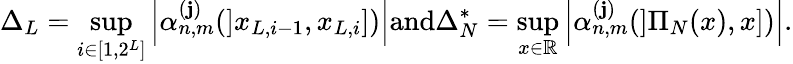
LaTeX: \Delta_{L}=\underset{i\in[1,2^{L}]}{\operatorname*{sup}}\left|\alpha_{n,m}^{(\mathbf{j})}(]x_{L,i-1},x_{L,i}])\right|\textrm{{and}}\Delta_{N}^{*}=\underset{x\in\mathbb{{R}}}{\operatorname*{sup}}\left|\alpha_{n,m}^{(\mathbf{j})}(]\Pi_{N}(x),x])\right|.